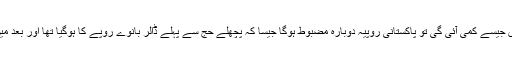
ان کا کہنا تھا کہ مانگ میں جیسے کمی آئی گی تو پاکستانی روپیہ دوبارہ مضبوط ہوگا جیسا کہ پچھلے حج سے پہلے ڈالر بانوے روپے کا ہوگیا تھا اور بعد میں نواسی روپے پر آگیا تھا۔